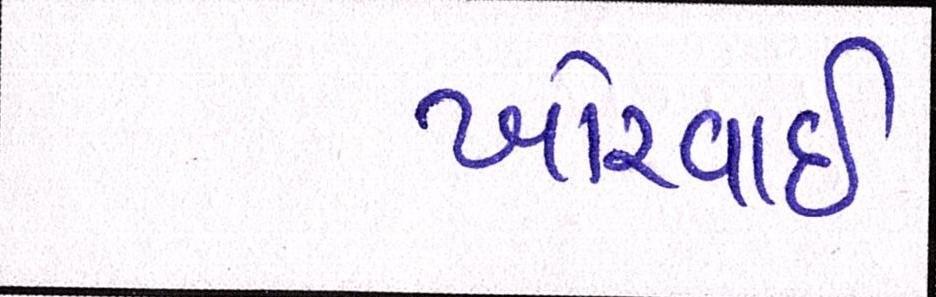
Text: ખોરવાઈ